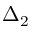
\Delta _ { 2 }